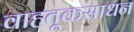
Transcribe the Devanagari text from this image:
वाहतूकसाधन